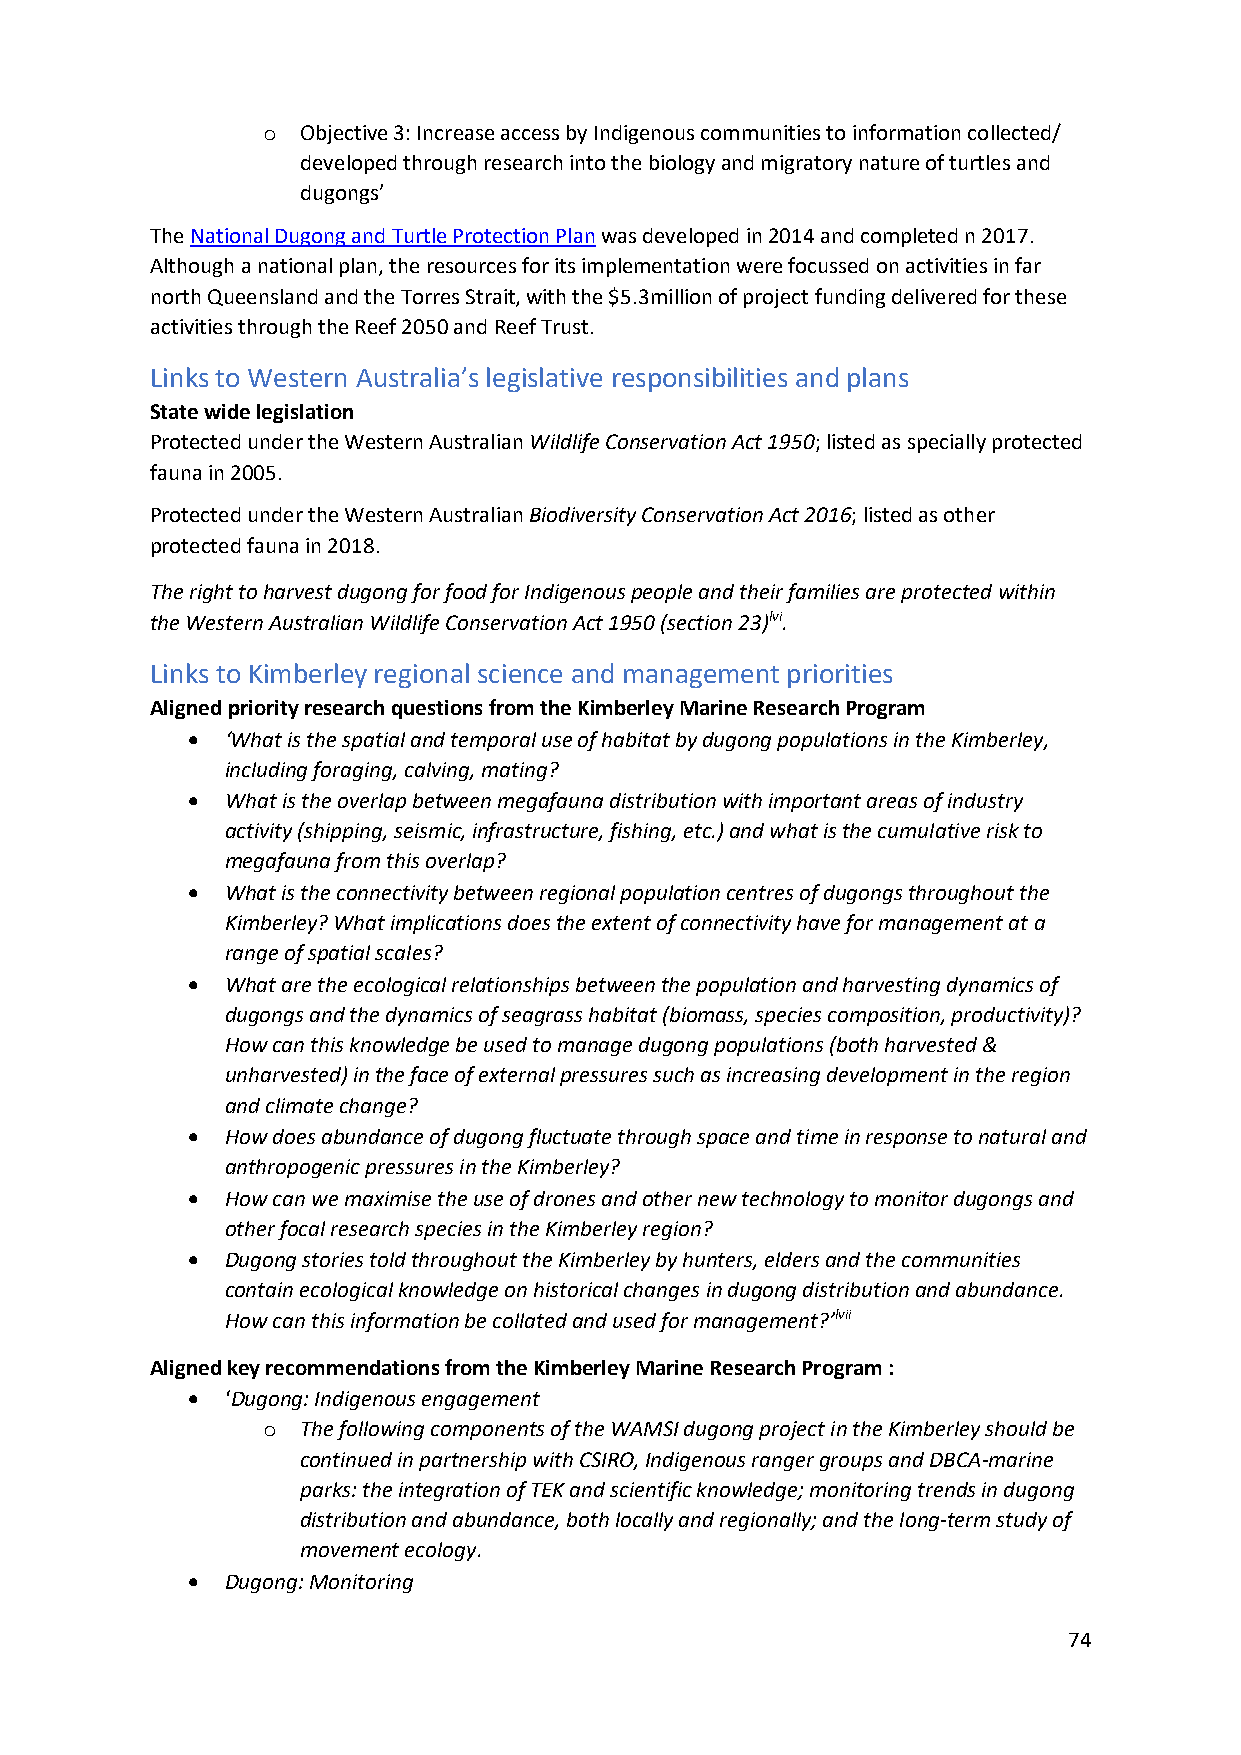
o  Objective 3: Increase access by Indigenous communities to information collected/
 developed through research into the biology and migratory nature of turtles and
 dugongs’
 The National Dugong and Turtle Protection Plan was developed in 2014 and completed n 2017.
 Although a national plan, the resources for its implementation were focussed on activities in far
 north Queensland and the Torres Strait, with the $5.3million of project funding delivered for these
 activities through the Reef 2050 and Reef Trust.
 Links to Western Australia’s legislative responsibilities and plans
 State wide legislation
 Protected under the Western Australian Wildlife Conservation Act 1950; listed as specially protected
 fauna in 2005.
 Protected under the Western Australian Biodiversity Conservation Act 2016; listed as other
 protected fauna in 2018.
 The right to harvest dugong for food for Indigenous people and their families are protected within
 the Western Australian Wildlife Conservation Act 1950 (section 23)lvi.
 Links to Kimberley regional science and management priorities
 Aligned priority research questions from the Kimberley Marine Research Program
 •  ‘What is the spatial and temporal use of habitat by dugong populations in the Kimberley,
 including foraging, calving, mating?
 •  What is the overlap between megafauna distribution with important areas of industry
 activity (shipping, seismic, infrastructure, fishing, etc.) and what is the cumulative risk to
 megafauna from this overlap?
 •  What is the connectivity between regional population centres of dugongs throughout the
 Kimberley? What implications does the extent of connectivity have for management at a
 range of spatial scales?
 •  What are the ecological relationships between the population and harvesting dynamics of
 dugongs and the dynamics of seagrass habitat (biomass, species composition, productivity)?
 How can this knowledge be used to manage dugong populations (both harvested &
 unharvested) in the face of external pressures such as increasing development in the region
 and climate change?
 •  How does abundance of dugong fluctuate through space and time in response to natural and
 anthropogenic pressures in the Kimberley?
 •  How can we maximise the use of drones and other new technology to monitor dugongs and
 other focal research species in the Kimberley region?
 •  Dugong stories told throughout the Kimberley by hunters, elders and the communities
 contain ecological knowledge on historical changes in dugong distribution and abundance.
 How can this information be collated and used for management?’lvii
 Aligned key recommendations from the Kimberley Marine Research Program :
 •  ‘Dugong: Indigenous engagement
 o  The following components of the WAMSI dugong project in the Kimberley should be
 continued in partnership with CSIRO, Indigenous ranger groups and DBCA-marine
 parks: the integration of TEK and scientific knowledge; monitoring trends in dugong
 distribution and abundance, both locally and regionally; and the long-term study of
 movement ecology.
 •  Dugong: Monitoring
 74